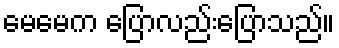
မေမေက ပြောလည်းပြောသည်။